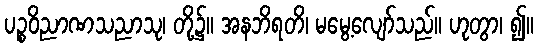
ပဉ္စဝိညာဏသညာသု၊ တို့၌။ အနဘိရတိ၊ မမွေ့လျော်သည်။ ဟုတွာ၊ ၍။